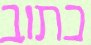
כתוב